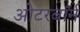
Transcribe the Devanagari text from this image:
ओटरबॉर्न